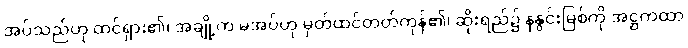
အပ်သည်ဟု ထင်ရှား၏၊ အချို့က မအပ်ဟု မှတ်ထင်တတ်ကုန်၏၊ ဆိုးရည်၌ နနွင်းမြစ်ကို အဋ္ဌကထာ